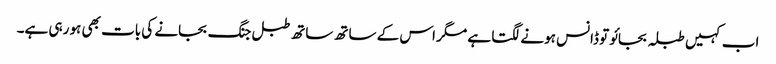
اب کہیں طبلہ بجائو تو ڈانس ہونے لگتا ہے مگر اس کے ساتھ ساتھ طبل جنگ بجانے کی بات بھی ہو رہی ہے۔